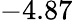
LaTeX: -4.87